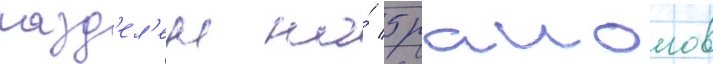
разд'ел'ен на́ 5 раионов